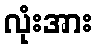
လုံးအား